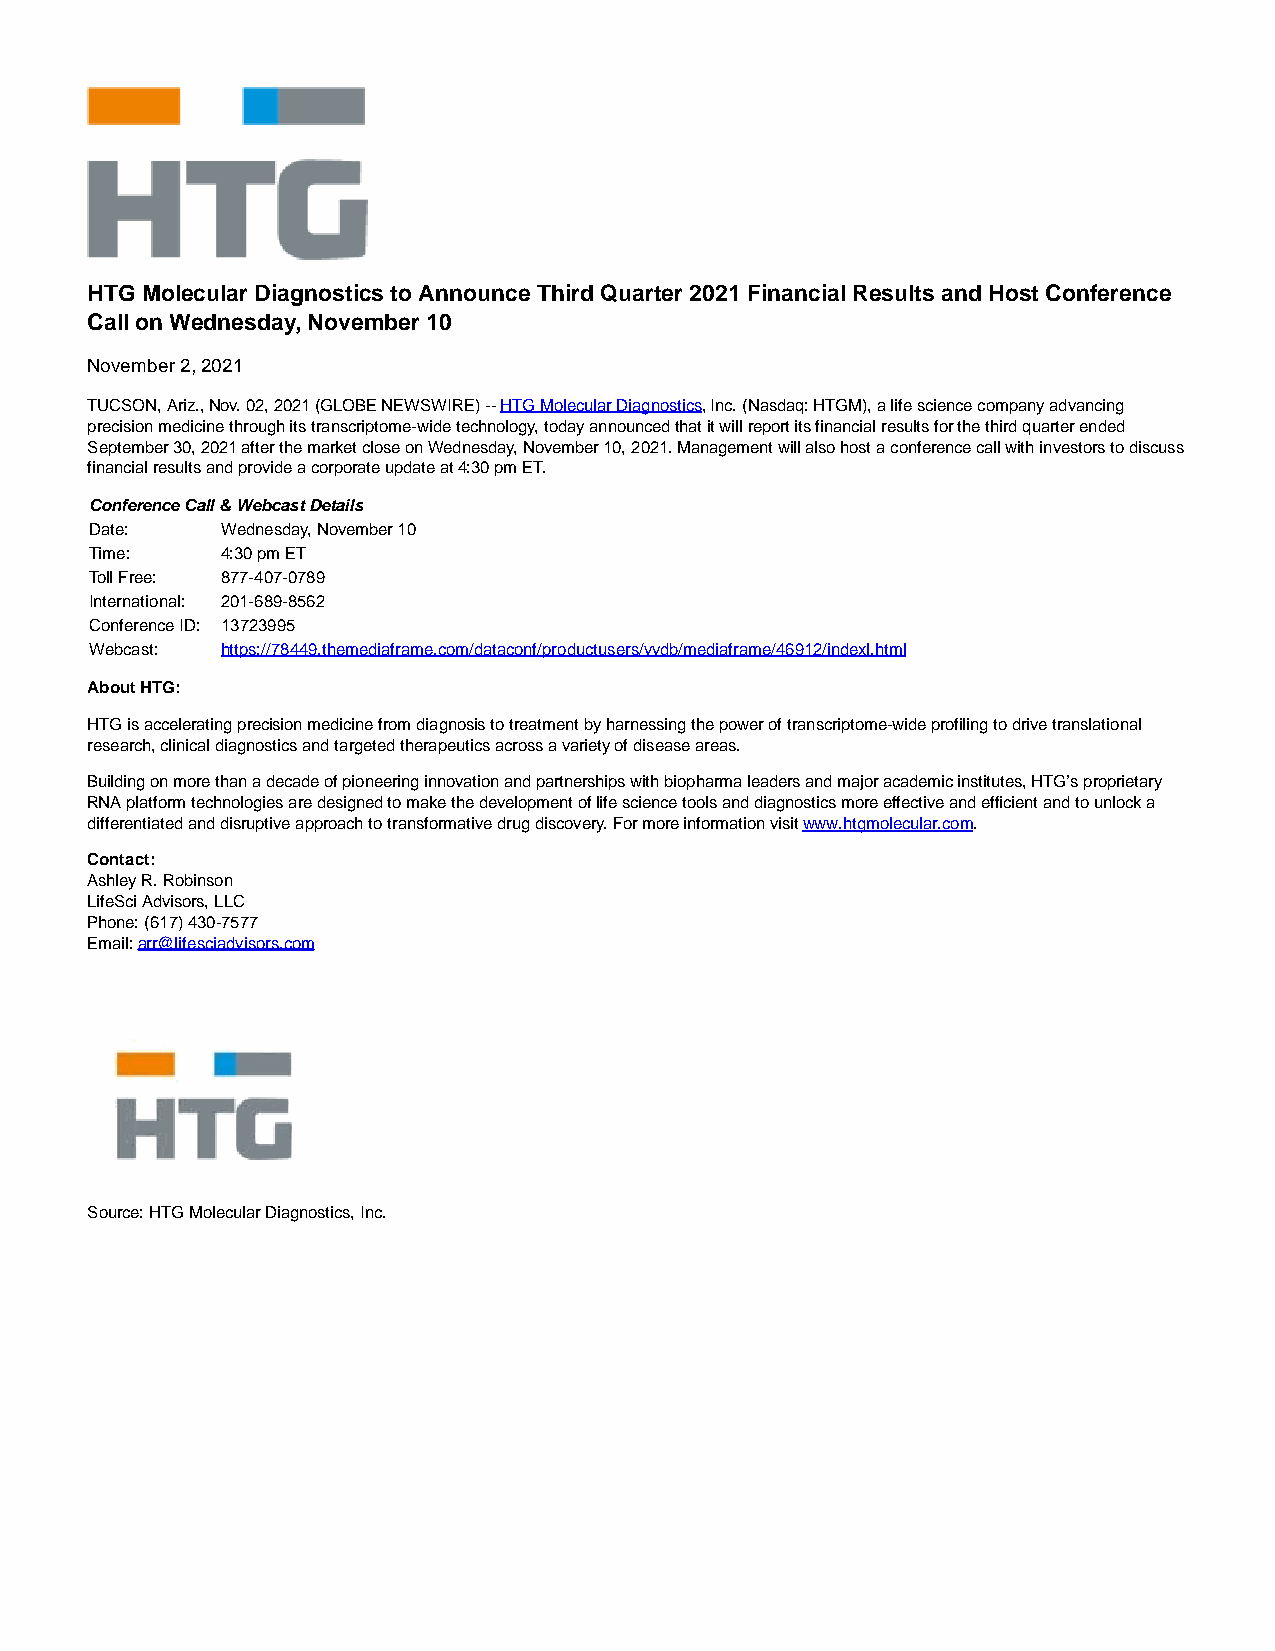
HTG Molecular Diagnostics to Announce Third Quarter 2021 Financial Results and Host Conference
 Call on Wednesday, November 10
 November 2, 2021
 TUCSON, Ariz., Nov. 02, 2021 (GLOBE NEWSWIRE) -- HTG Molecular Diagnostics, Inc. (Nasdaq: HTGM), a life science company advancing
 precision medicine through its transcriptome-wide technology, today announced that it will report its financial results for the third quarter ended
 September 30, 2021 after the market close on Wednesday, November 10, 2021. Management will also host a conference call with investors to discuss
 financial results and provide a corporate update at 4:30 pm ET.
 Conference Call & Webcast Details
 Date:    Wednesday, November 10
 Time:    4:30 pm ET
 Toll Free: 877-407-0789
 International: 201-689-8562
 Conference ID: 13723995
 Webcast: https://78449.themediaframe.com/dataconf/productusers/vvdb/mediaframe/46912/indexl.html
 About HTG:
 HTG is accelerating precision medicine from diagnosis to treatment by harnessing the power of transcriptome-wide profiling to drive translational
 research, clinical diagnostics and targeted therapeutics across a variety of disease areas.
 Building on more than a decade of pioneering innovation and partnerships with biopharma leaders and major academic institutes, HTG’s proprietary
 RNA platform technologies are designed to make the development of life science tools and diagnostics more effective and efficient and to unlock a
 differentiated and disruptive approach to transformative drug discovery. For more information visit www.htgmolecular.com.
 Contact:
 Ashley R. Robinson
 LifeSci Advisors, LLC
 Phone: (617) 430-7577
 Email: arr@lifesciadvisors.com
 Source: HTG Molecular Diagnostics, Inc.